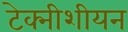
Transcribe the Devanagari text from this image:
टेक्नीशीयन